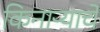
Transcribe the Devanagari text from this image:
किनाऱ्याचे